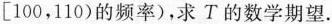
[100，110)的频率)，求T的数学期望.